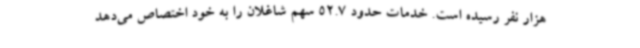
هزار نفر رسیده است. خدمات حدود 52.7 سهم شاغلان را به خود اختصاص می‌دهد